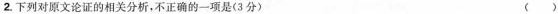
2.下列对源文论证的相关分析，不正确的一项是(3分） ( )